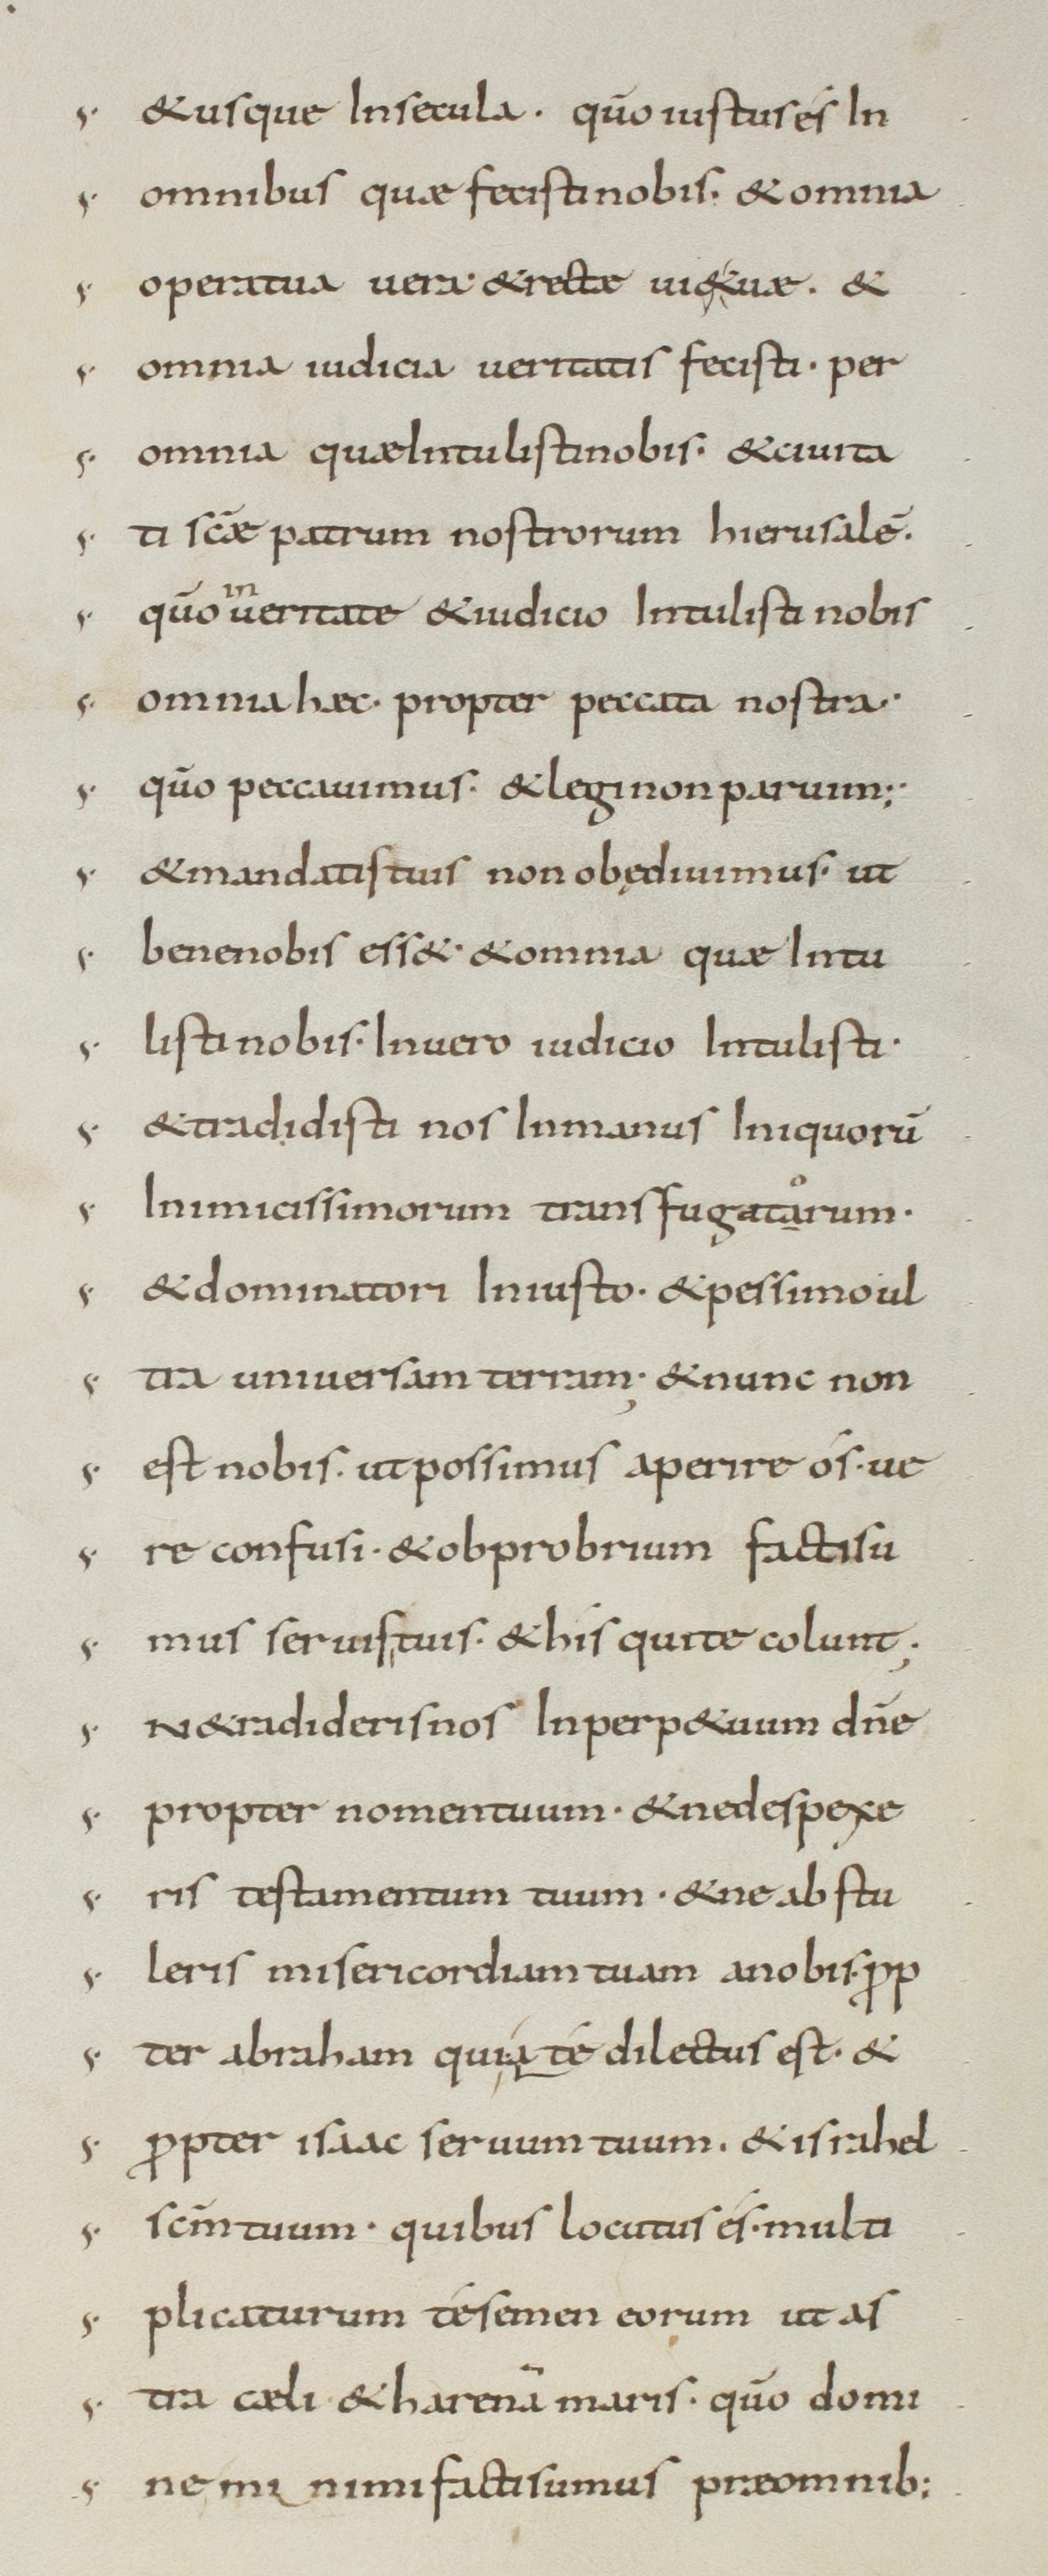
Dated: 800–899